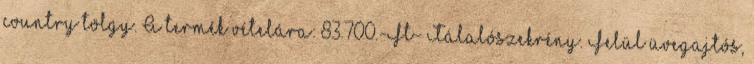
country tölgy. A termék vételára: 83.700.-Ft- Tálalószekrény. Felül üvegajtós,